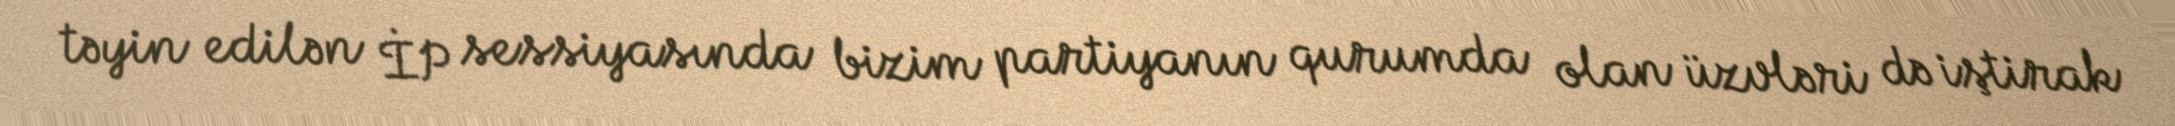
təyin edilən İP sessiyasında bizim partiyanın qurumda olan üzvləri də iştirak